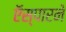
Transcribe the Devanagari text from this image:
ऍस्पारने